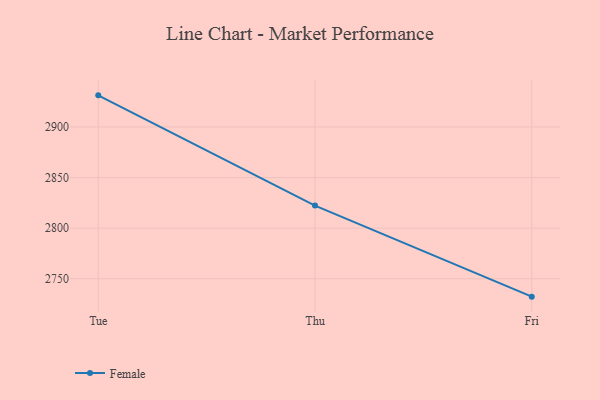
{"axis": {"x": "Day", "y": "Churn Rate (%)"}, "legend": ["Female"], "data": [{"x": "Tue", "y": 2931.2, "type": "Female"}, {"x": "Thu", "y": 2822.3, "type": "Female"}, {"x": "Fri", "y": 2732.3, "type": "Female"}]}